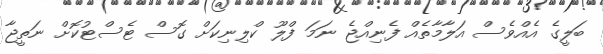
ބަލީގެ އެއްވެސް އަލާމާތެއް ފެނިއްޖެ ނަމަ ފްލޫ ކްލިނިކަށް ގޮސް ޓެސްޓުކޮށް ނަތީޖާ